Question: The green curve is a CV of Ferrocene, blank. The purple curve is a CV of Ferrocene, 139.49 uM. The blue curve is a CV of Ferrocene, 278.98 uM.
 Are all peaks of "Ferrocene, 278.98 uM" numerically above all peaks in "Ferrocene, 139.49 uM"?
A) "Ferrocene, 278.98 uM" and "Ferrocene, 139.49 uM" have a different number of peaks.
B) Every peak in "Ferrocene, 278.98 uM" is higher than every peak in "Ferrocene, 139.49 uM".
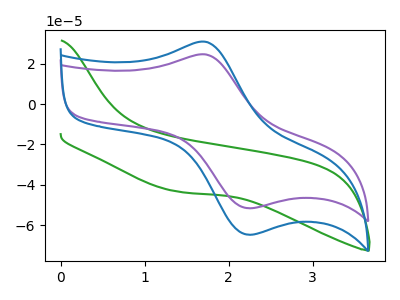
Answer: <think>The green curve "Ferrocene, blank" has no peaks. The purple curve "Ferrocene, 139.49 uM" has an anodic peak at (1.75V, 24.55uA) and a cathodic peak at (2.25V, -51.60uA). The blue curve "Ferrocene, 278.98 uM" has an anodic peak at (1.75V, 30.80uA) and a cathodic peak at (2.25V, -64.75uA).</think>
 <answer>B) Every peak in "Ferrocene, 278.98 uM" is higher than every peak in "Ferrocene, 139.49 uM".</answer>
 <eval>B</eval>